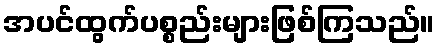
အပင်ထွက်ပစ္စည်းများဖြစ်ကြသည်။